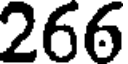
266